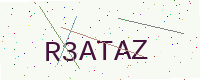
Text: R3ATAZ